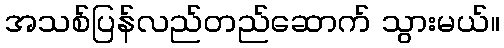
အသစ်ပြန်လည်တည်ဆောက် သွားမယ်။